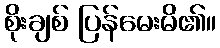
စိုးချစ် ပြန်မေးမိ၏။